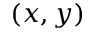
( x , y )